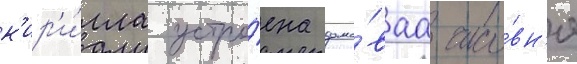
к'ир'и́лла устро́ена домо́ваа часо́вн'я